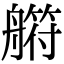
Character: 䒀